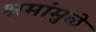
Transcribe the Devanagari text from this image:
श्रमांमुळे